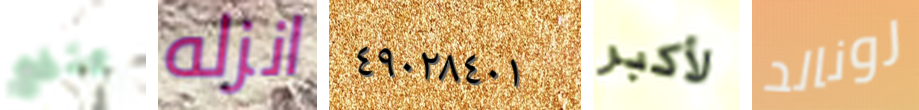
ينفع انزله ٤٩٠٢٨٤٠١ لأكبر رونالد